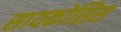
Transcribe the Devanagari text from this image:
सायकोसिस